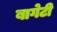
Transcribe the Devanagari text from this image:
बागेटी